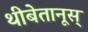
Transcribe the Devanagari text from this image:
थीबेतानूस्